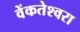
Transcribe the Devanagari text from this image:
वेंकतेश्वरा